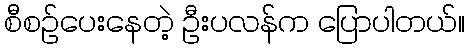
စီစဉ်ပေးနေတဲ့ ဦးပလန်က ပြောပါတယ်။